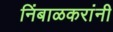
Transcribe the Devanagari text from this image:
निंबाळकरांनी